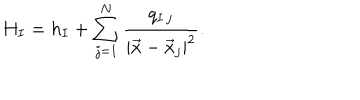
LaTeX: H _ { I } = h _ { I } + \sum _ { j = 1 } ^ { N } \frac { q _ { I \, j } } { | \vec { x } - \vec { x } _ { j } | ^ { 2 } } .